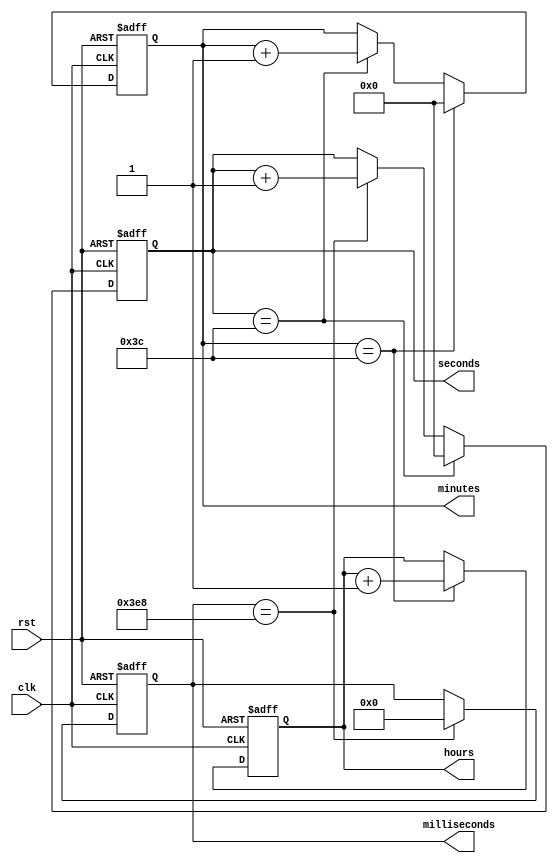
module RTC_timer(
    input wire clk,
    input wire rst,
    output reg [23:0] hours,
    output reg [5:0] minutes,
    output reg [5:0] seconds,
    output reg [9:0] milliseconds
);

reg [3:0] rtc_count_1kHz;
reg [6:0] rtc_count_1Hz;

always @(posedge clk or posedge rst) begin
    if (rst) begin
        hours <= 24'h0;
        minutes <= 6'h0;
        seconds <= 6'h0;
        milliseconds <= 10'h0;
        rtc_count_1kHz <= 4'h0;
        rtc_count_1Hz <= 7'h0;
    end else begin
        rtc_count_1kHz <= rtc_count_1kHz + 4'h1;
        
        if (rtc_count_1kHz == 10'h3E8) begin
            rtc_count_1kHz <= 4'h0;
            milliseconds <= milliseconds + 10'h1;
        end
        
        if (milliseconds == 10'h3E8) begin
            milliseconds <= 10'h0;
            seconds <= seconds + 6'h1;
        end
        
        if (seconds == 6'h3C) begin
            seconds <= 6'h0;
            minutes <= minutes + 6'h1;
        end
        
        if (minutes == 6'h3C) begin
            minutes <= 6'h0;
            hours <= hours + 24'h1;
        end
        
        rtc_count_1Hz <= rtc_count_1Hz + 7'h1;
    end
end

endmodule